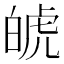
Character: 𤽾